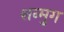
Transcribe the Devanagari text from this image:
शन्मुग